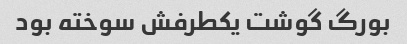
بورگ گوشت یکطرفش سوخته بود